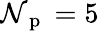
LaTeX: \mathcal{N}_{\mathrm{{~p~}}}=5